Madras plague regulations in force outside the Presidency town - Volume 5
Disease focus: Plague
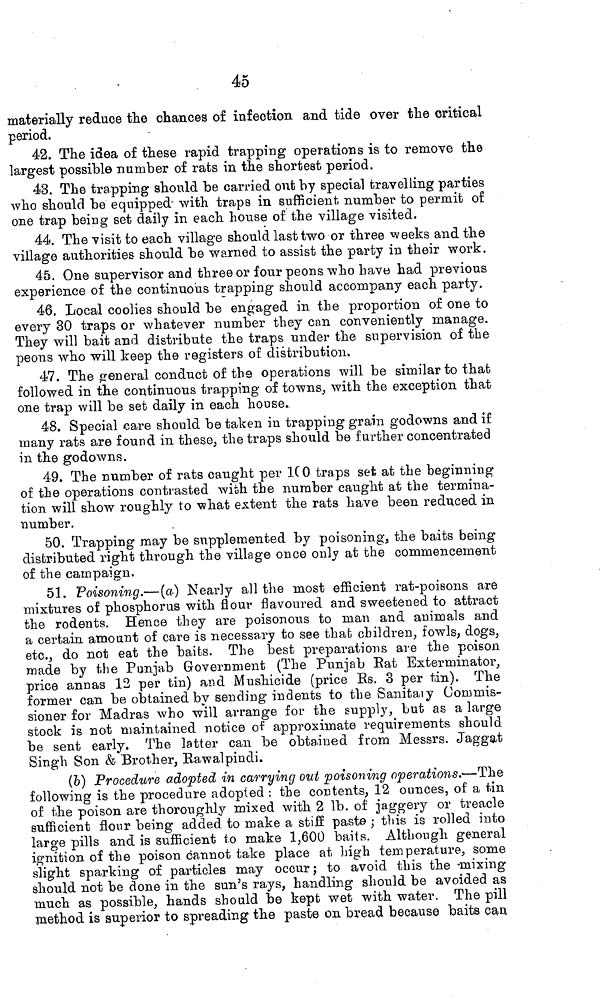
45
materially reduce the chances of infection and tide over the critical
period.
42. The idea of these rapid trapping operations is to remove the
largest possible number of rats in the shortest period.
43. The trapping should be carried out by special travelling parties
who should be equipped with traps in sufficient number to permit of
one trap being set daily in each house of the village visited.
44. The visit to each village should last two or three weeks and the
village authorities should be warned to assist the party in their work.
45. One supervisor and three or four peons who have had previous
experience of the continuous trapping should accompany each party.
46. Local coolies should be engaged in the proportion of one to
every 30 traps or whatever number they can conveniently manage.
They will bait and distribute the traps under the supervision of the
peons who will keep the registers of distribution.
47. The general conduct of the operations will be similar to that
followed in the continuous trapping of towns, with the exception that
one trap will be set daily in each house.
48. Special care should be taken in trapping grain godowns and if
many rats are found in these, the traps should be further concentrated
in the godowns.
49. The number of rats caught per 1(0 traps set at the beginning 1
of tie operations contrasted with the number caught at the termina-
tion will show roughly to what extent the rats have been reduced in
number.
50. Trapping may be supplemented by poisoning, the baits being
distributed right through the village once only at the commencement
of the campaign.
51. Poisoning.— (a) Nearly all the most efficient rat-poisons are
mixtures of phosphorus with flour flavoured and sweetened to attract
the rodents. Hence they are poisonous to man and animals and
a certain amount of care is necessary to see thafc children, fowls, dogs,
etc., do not eat the baits. The best preparations are the poison
made by the Punjab Government (The Punjab Eat Exterminator,
price annas 12 per tin) and Mushicide (price Rs. 3 per tin). The
former can be obtained by sending indents to the Sanitaiy Commis-
sioner for Madras who will arrange for the supply, but as a large
stock is not maintained notice of approximate requirements should
be sent early. The latter can be obtained from Messrs. Jaggat
Singh Son & Brother, Rawalpindi.
(6) Procedure adopted in carrying oui poisoning operations.—The
following is the procedure adopted : the contents, 12 ounces, of a tin
of the poison are thoroughly mixed with 2 Ib. of jaggery or treacle
sufficient flour being added to make a stiff paste ; this is rolled into
large pills and is sufficient to make 1,600 baits. Although general
ignition of the poison cannot take place at high temperature, some
slight sparking of particles may occur; to avoid this the -mixing
should not be done in the sun's rays, handling should be avoided as
much as possible, hands should be kept wet with water. The pill
method is superior to spreading the paste on bread because baits can,